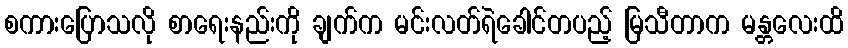
စကားပြောသလို စာရေးနည်းကို ချက်က မင်းလတ်ရဲခေါင်တပည့် မြသီတာက မန္တလေးထိ